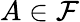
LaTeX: A\in{\mathcal{F}}